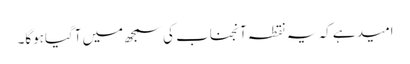
امید ہے کہ یہ نقطہ آنجناب کی سمجھ میں آگیاہوگا۔